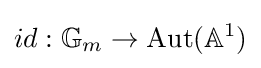
id:\mathbb {G} _{m}\to {\text{Aut}}(\mathbb {A} ^{1})